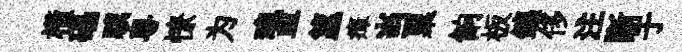
横礧驥粵憭为魂皿籯瘴当粟餉板鑣侈注斷于